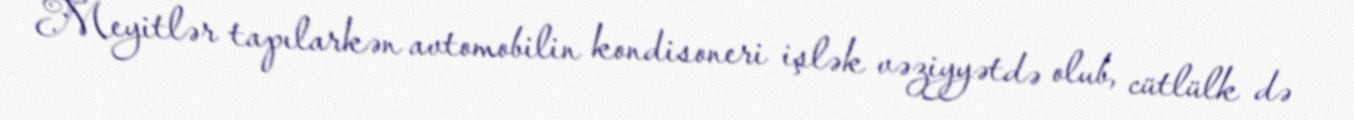
Meyitlər tapılarkən avtomobilin kondisoneri işlək vəziyyətdə olub, cütlülk də